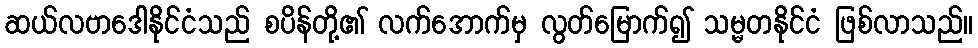
ဆယ်လဗာဒေါနိုင်ငံသည် စပိန်တို့၏ လက်အောက်မှ လွတ်မြောက်၍ သမ္မတနိုင်ငံ ဖြစ်လာသည်။